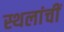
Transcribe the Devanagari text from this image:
स्थलांचीं